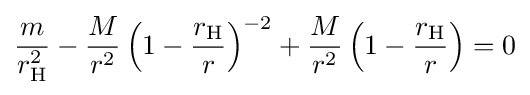
{\frac {m}{r_{\mathrm {H} }^{2}}}-{\frac {M}{r^{2}}}\left(1-{\frac {r_{\mathrm {H} }}{r}}\right)^{-2}+{\frac {M}{r^{2}}}\left(1-{\frac {r_{\mathrm {H} }}{r}}\right)=0